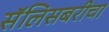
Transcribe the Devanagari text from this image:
सॅलिसबरीचा